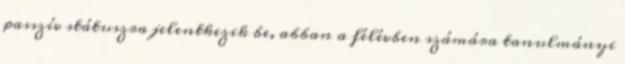
passzív státuszra jelentkezik be, abban a félévben számára tanulmányi